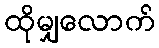
ထိုမျှလောက်